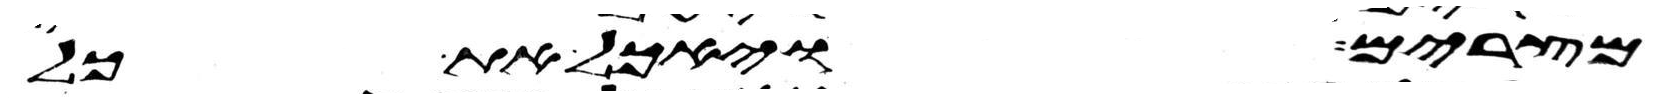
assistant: מצרים ויאכל את כל